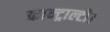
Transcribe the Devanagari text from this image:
कान्ट्राल्टो।